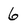
Character: 6